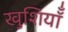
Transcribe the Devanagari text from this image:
खुशियॉँ